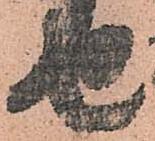
せ